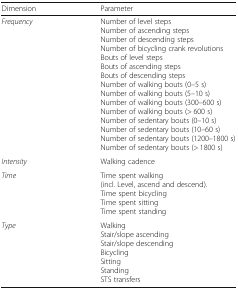
| Dimension | Parameter |
 | --- | --- |
 | Frequency | Number of level stepsNumber of ascending stepsNumber of descending stepsNumber of bicycling crank revolutionsBouts of level stepsBouts of ascending stepsBouts of descending stepsNumber of walking bouts (0–5 s)Number of walking bouts (5–10 s)Number of walking bouts (300–600 s)Number of walking bouts (> 600 s)Number of sedentary bouts (0–10 s)Number of sedentary bouts (10–60 s)Number of sedentary bouts (1200–1800 s)Number of sedentary bouts (> 1800 s) |
 | Intensity | Walking cadence |
 | Time | Time spent walking(incl. Level, ascend and descend).Time spent bicyclingTime spent sittingTime spent standing |
 | Type | WalkingStair/slope ascendingStair/slope descendingBicyclingSittingStandingSTS transfers |